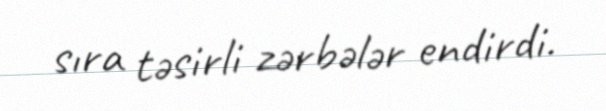
sıra təsirli zərbələr endirdi.